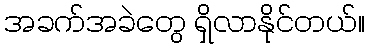
အခက်အခဲတွေ ရှိလာနိုင်တယ်။